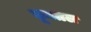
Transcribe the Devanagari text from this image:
घूमतल